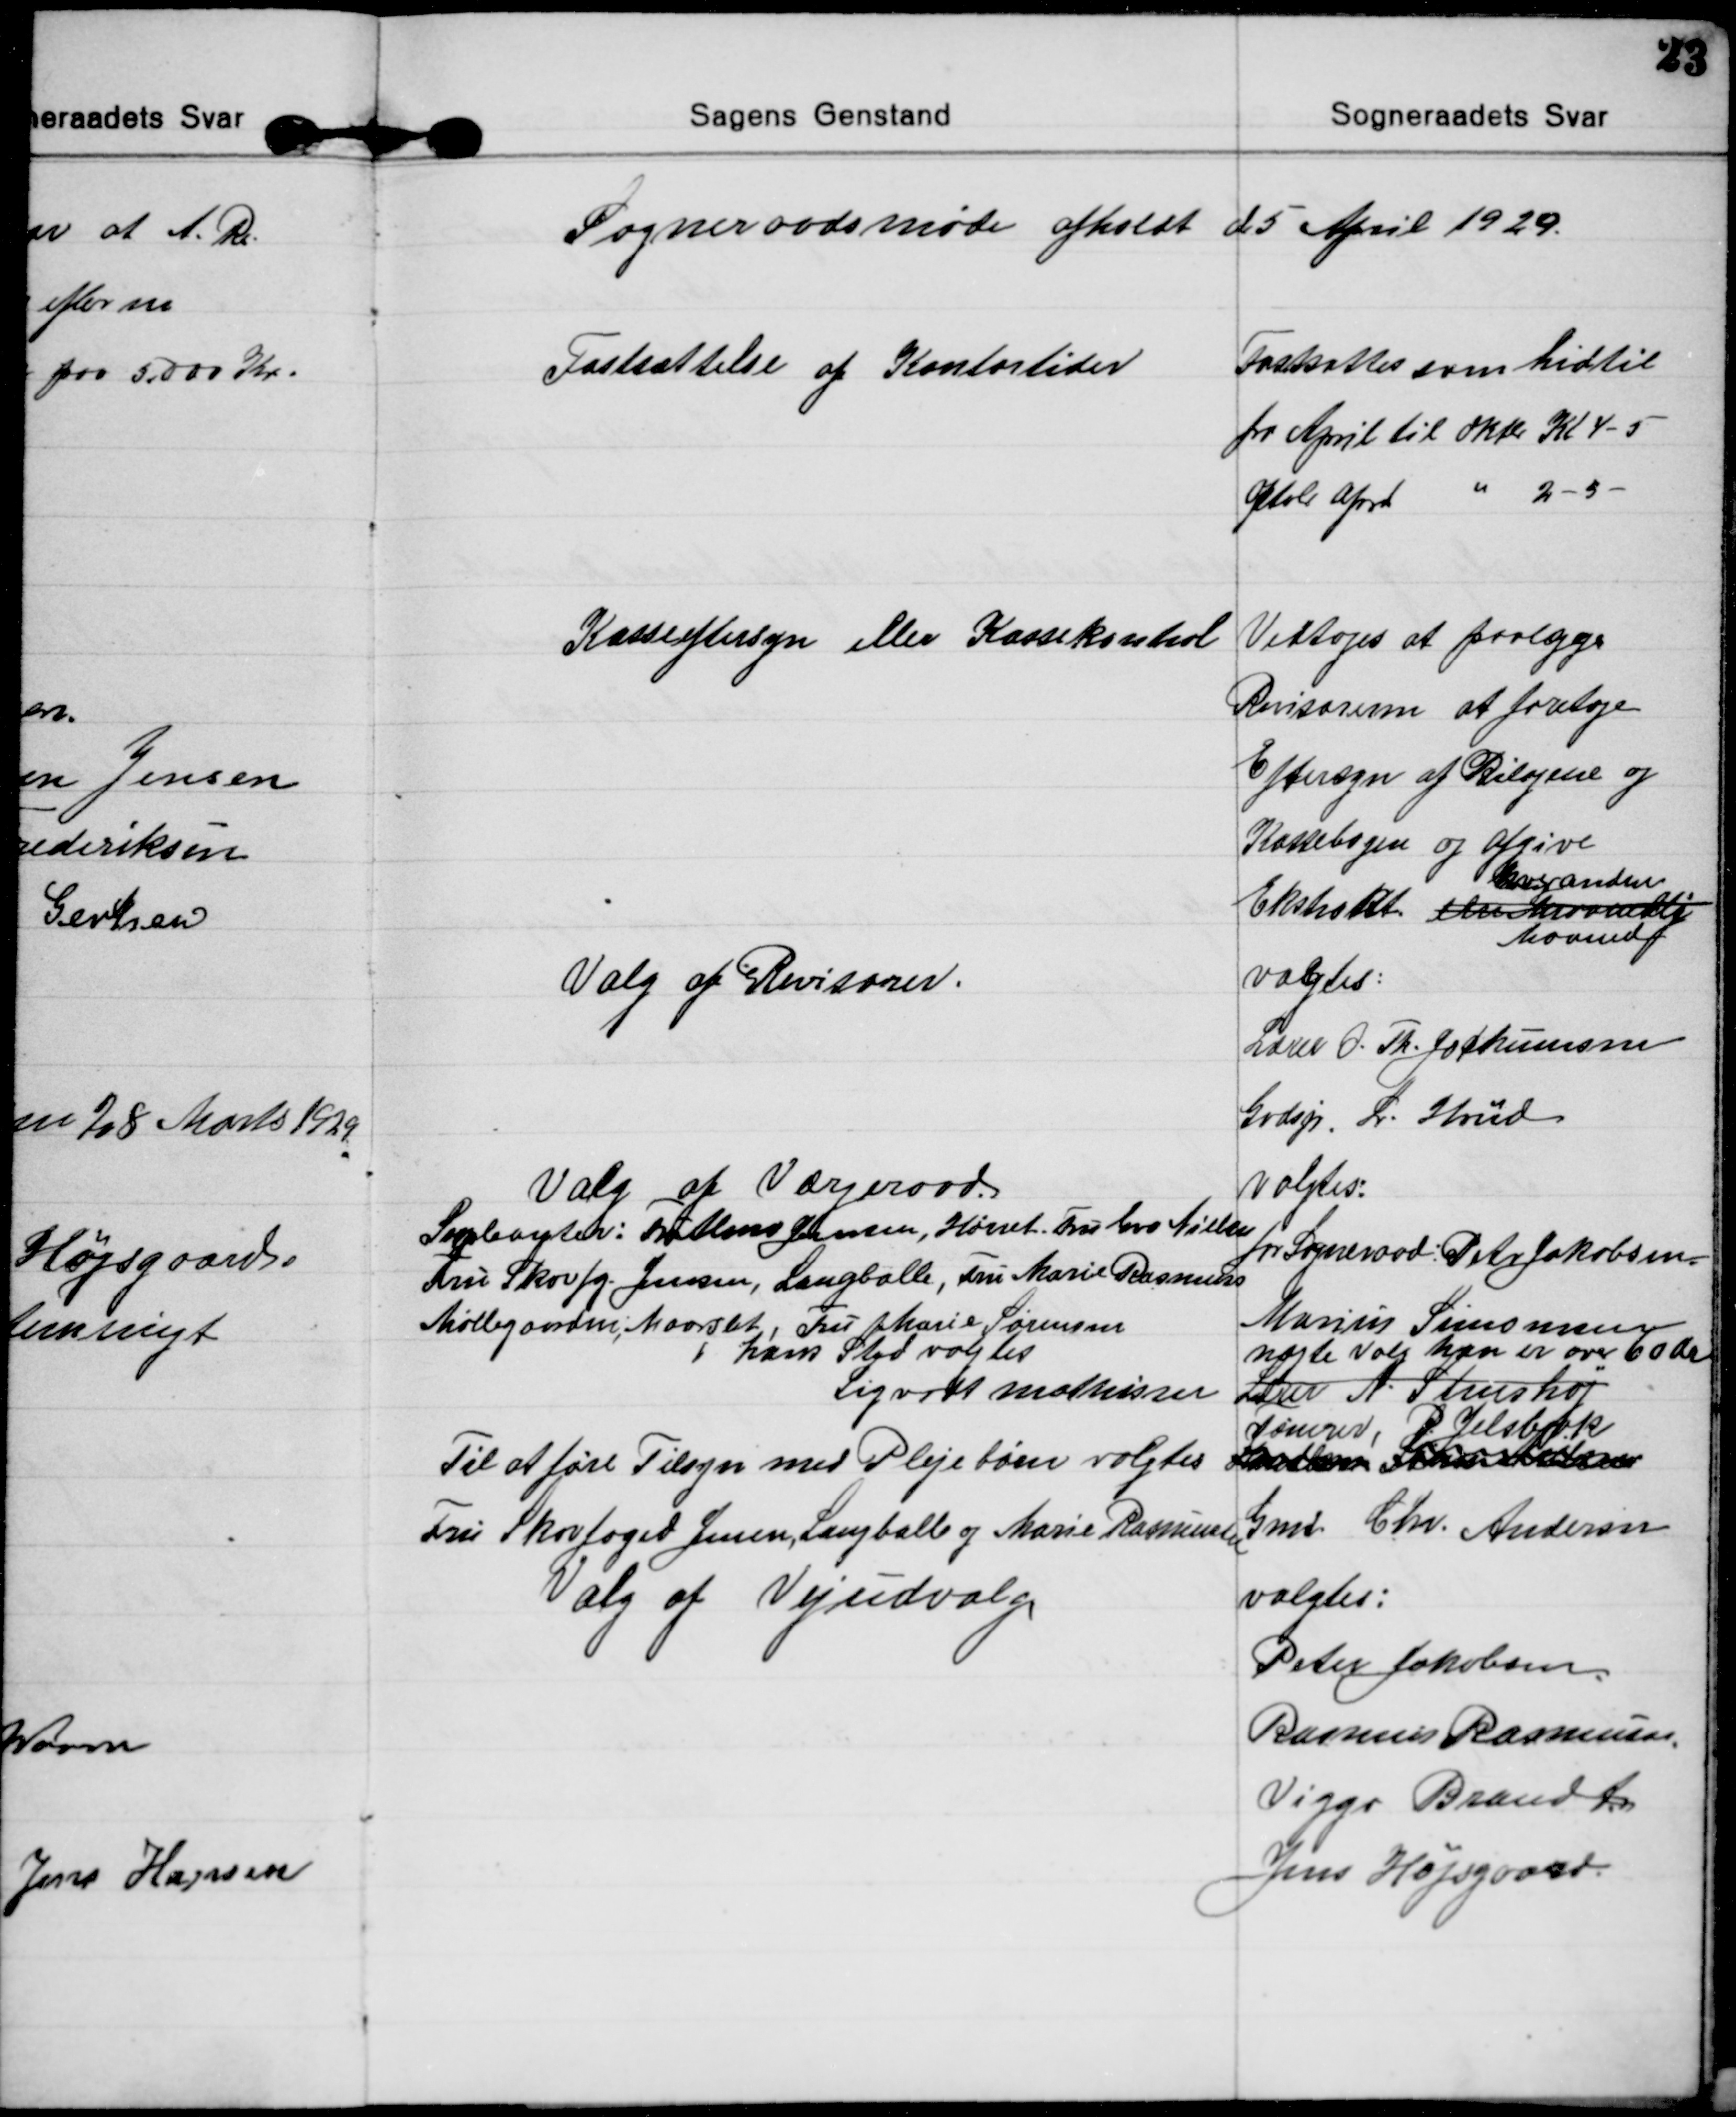
Transskription:
Sogneraadsmøde afholdt d 5 April 1929.

Fastsættelse af Kontortider
Fastsattes som hidtil
fra April til Oktb. Kl 4-5
Oktbr  April 
2-5

Kasseeftersyn eller Kassekontrol
Vedtoges at paalægge
Revisorerne at foretage
Eftersyn af Bilagene og
Kassebogen og afgive
Ekstrakt een Maanedlig 
hveranden
Maaned

Valg af Revisorer.
valgtes:
Lærer O. Th. Jochumsen
Godsejr L. Hviid

Valg af Værgeraad.
valgtes:
for Sogneraad: Petr Jacobsen
Marius Simonsen
Lærer N. Stenshøj
nægte Valg han er over 60 Aar
I hans Sted valgtes
Sigvardt Mathisen
Tømrer, P Jelsbak
Supleanter: Fru Hans Jensen, Hørret. Fru Eva Nielsen
Fru Skovfg. Jensen, Langballe, Fru Marie Rasmussen
Møllegaarden, Maarslet, Fru Marie Sørensen
Til at føre Tilsyn med Plejebørn valgtes

Fru Skovfoged Jensen, Langballe og Marie Rasmussen
Gmd. Chr. Andersen
Valg af Vejudvalg
valgtes:
Peter Jakobsen.
Rasmus Rasmussen
Viggo Brandt
Jens Højsgaard.